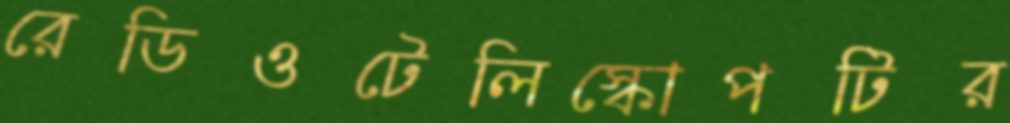
রেডিওটেলিস্কোপটির